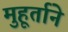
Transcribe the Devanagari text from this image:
मुहूर्ताने